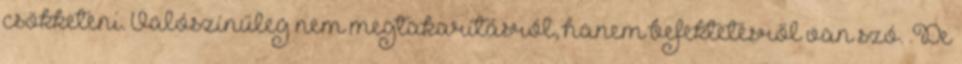
csökketeni. Valószínűleg nem megtakarításról, hanem befektetésről van szó. .De